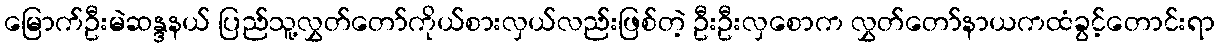
မြောက်ဦးမဲဆန္ဒနယ် ပြည်သူ့လွှတ်တော်ကိုယ်စားလှယ်လည်းဖြစ်တဲ့ ဦးဦးလှစောက လွှတ်တော်နာယကထံခွင့်တောင်းရာ